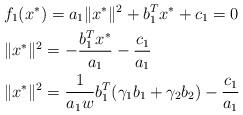
LaTeX: \begin{align*} &f_1(x^*)=a_1\|x^*\|^2+b_1^T{x^*}+c_1=0\\ &\|x^*\|^2=-\frac{b_1^T{x^*}}{a_1}-\frac{c_1}{a_1}\\ &\|x^*\|^2=\frac{1}{a_1w}b_1^T(\gamma_1 b_1+\gamma_2 b_2)-\frac{c_1}{a_1} \end{align*}